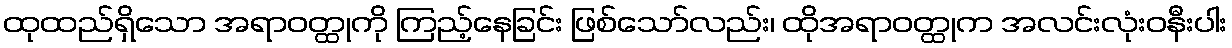
ထုထည်ရှိသော အရာဝတ္ထုကို ကြည့်နေခြင်း ဖြစ်သော်လည်း၊ ထိုအရာဝတ္ထုက အလင်းလုံးဝနီးပါး